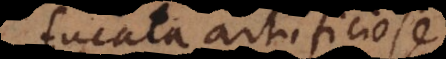
fucata artificiose